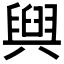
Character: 𮍰